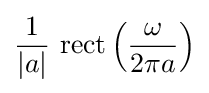
{\frac {1}{|a|}}\,\operatorname {rect} \left({\frac {\omega }{2\pi a}}\right)